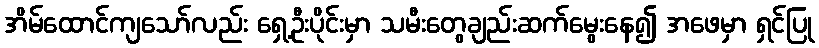
အိမ်ထောင်ကျသော်လည်း ရှေ့ဦးပိုင်းမှာ သမီးတွေချည်းဆက်မွေးနေ၍ အဖေမှာ ရှင်ပြု